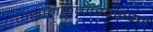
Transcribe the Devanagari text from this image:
राधामकृष्णस्वरूपम